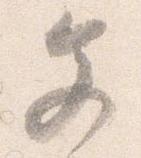
文